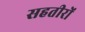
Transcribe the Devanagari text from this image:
सहतीरों